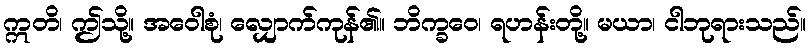
ဣတိ၊ ဤသို့။ အဝေါစုံ၊ လျှောက်ကုန်၏။ ဘိက္ခဝေ၊ ရဟန်းတို့။ မယာ၊ ငါဘုရားသည်။